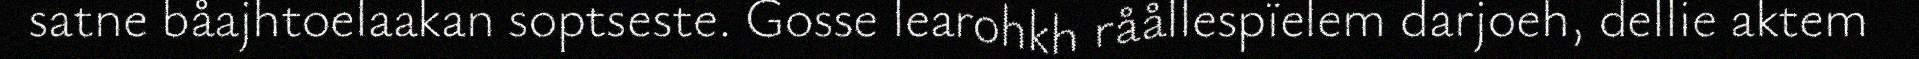
satne båajhtoelaakan soptseste. Gosse learohkh råållespïelem darjoeh, dellie aktem